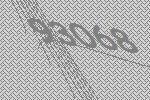
93068